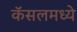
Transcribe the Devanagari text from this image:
कॅसलमध्ये